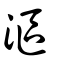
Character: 漚